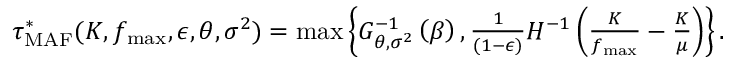
\begin{array} { r } { \tau _ { \mathrm { M A F } } ^ { * } ( K , f _ { \operatorname* { m a x } } , \epsilon , \boldsymbol { \theta } , \boldsymbol { \sigma } ^ { 2 } ) = \operatorname* { m a x } \left\{ G _ { \boldsymbol { \theta } , \boldsymbol { \sigma } ^ { 2 } } ^ { - 1 } \left( \beta \right) , \frac { 1 } { ( 1 - \epsilon ) } H ^ { - 1 } \left( \frac { K } { f _ { \operatorname* { m a x } } } - \frac { K } { \mu } \right) \right\} . } \end{array}